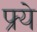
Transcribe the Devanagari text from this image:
फ्र्ये